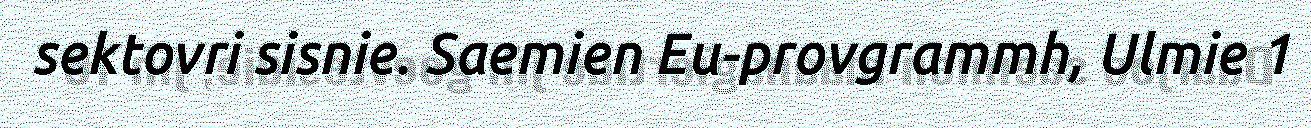
sektovri sisnie. Saemien Eu-provgrammh, Ulmie 1